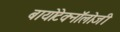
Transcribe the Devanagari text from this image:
बायोटेक्नॉलोजी